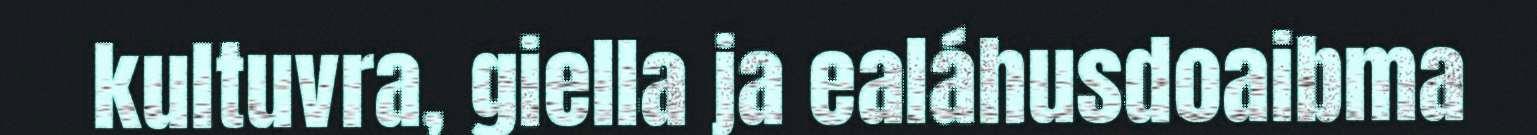
kultuvra, giella ja ealáhusdoaibma